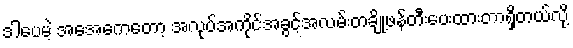
ဒါပေမဲ့ အေအေကတော့ အလုပ်အကိုင်အခွင့်အလမ်းတချို့ဖန်တီးပေးထားတာရှိတယ်လို့